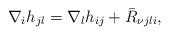
LaTeX: \begin{align*}\nabla_{i}h_{jl}=\nabla_{l}h_{ij}+\bar{R}_{\nu jli},\end{align*}